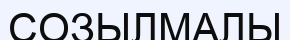
СОЗЫЛМАЛЫ